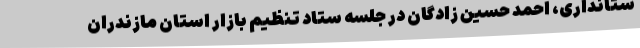
ستانداری، احمد حسین زادگان در جلسه ستاد تنظیم بازار استان مازندران